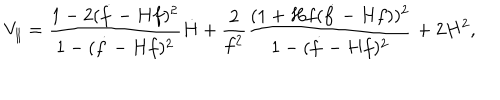
V _ { \parallel } = \frac { 1 - 2 ( \dot { f } - H f ) ^ { 2 } } { 1 - ( \dot { f } - H f ) ^ { 2 } } \dot { H } + \frac { 2 } { f ^ { 2 } } \frac { ( 1 + H f ( \dot { f } - H f ) ) ^ { 2 } } { 1 - ( \dot { f } - H f ) ^ { 2 } } + 2 H ^ { 2 } ,